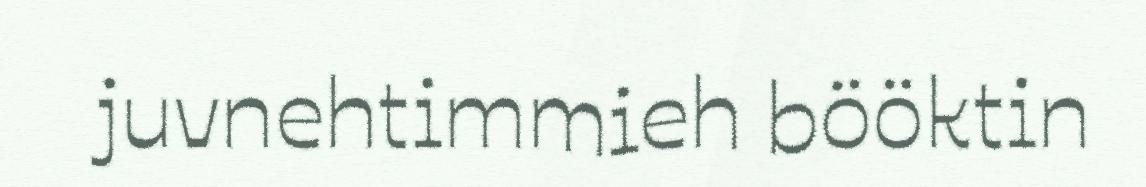
juvnehtimmieh bööktin